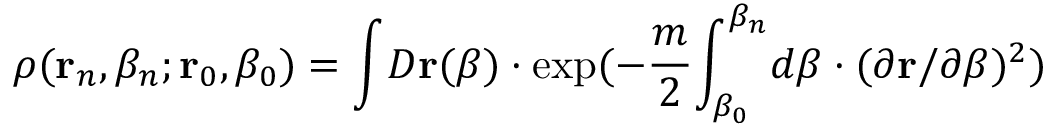
\rho ( { \bf r } _ { n } , \beta _ { n } ; { \bf r } _ { 0 } , \beta _ { 0 } ) = { \int } D { \bf r } ( \beta ) \cdot \exp ( - \frac m 2 { \int _ { \beta _ { 0 } } ^ { \beta _ { n } } } d \beta \cdot ( \partial { \bf r } / \partial \beta ) ^ { 2 } )